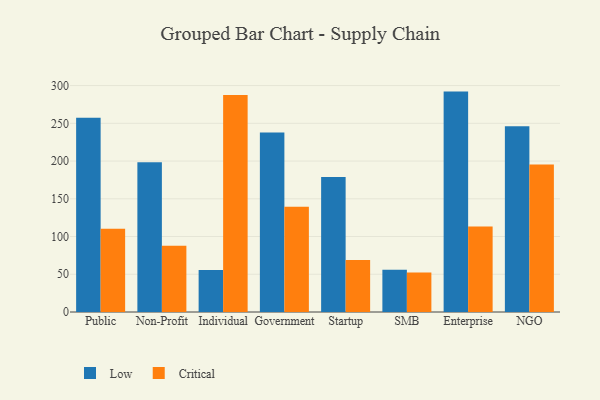
{"axis": {"x": "Segment", "y": "Churn Rate (%)"}, "legend": ["Critical", "Low"], "data": [{"x": "Public", "y": 257.3, "type": "Low"}, {"x": "Public", "y": 110.3, "type": "Critical"}, {"x": "Non-Profit", "y": 198.5, "type": "Low"}, {"x": "Non-Profit", "y": 87.8, "type": "Critical"}, {"x": "Individual", "y": 55.6, "type": "Low"}, {"x": "Individual", "y": 287.4, "type": "Critical"}, {"x": "Government", "y": 237.9, "type": "Low"}, {"x": "Government", "y": 139.3, "type": "Critical"}, {"x": "Startup", "y": 178.9, "type": "Low"}, {"x": "Startup", "y": 69.0, "type": "Critical"}, {"x": "SMB", "y": 55.9, "type": "Low"}, {"x": "SMB", "y": 52.3, "type": "Critical"}, {"x": "Enterprise", "y": 292.0, "type": "Low"}, {"x": "Enterprise", "y": 113.4, "type": "Critical"}, {"x": "NGO", "y": 246.1, "type": "Low"}, {"x": "NGO", "y": 195.4, "type": "Critical"}]}